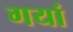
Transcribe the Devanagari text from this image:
गयां